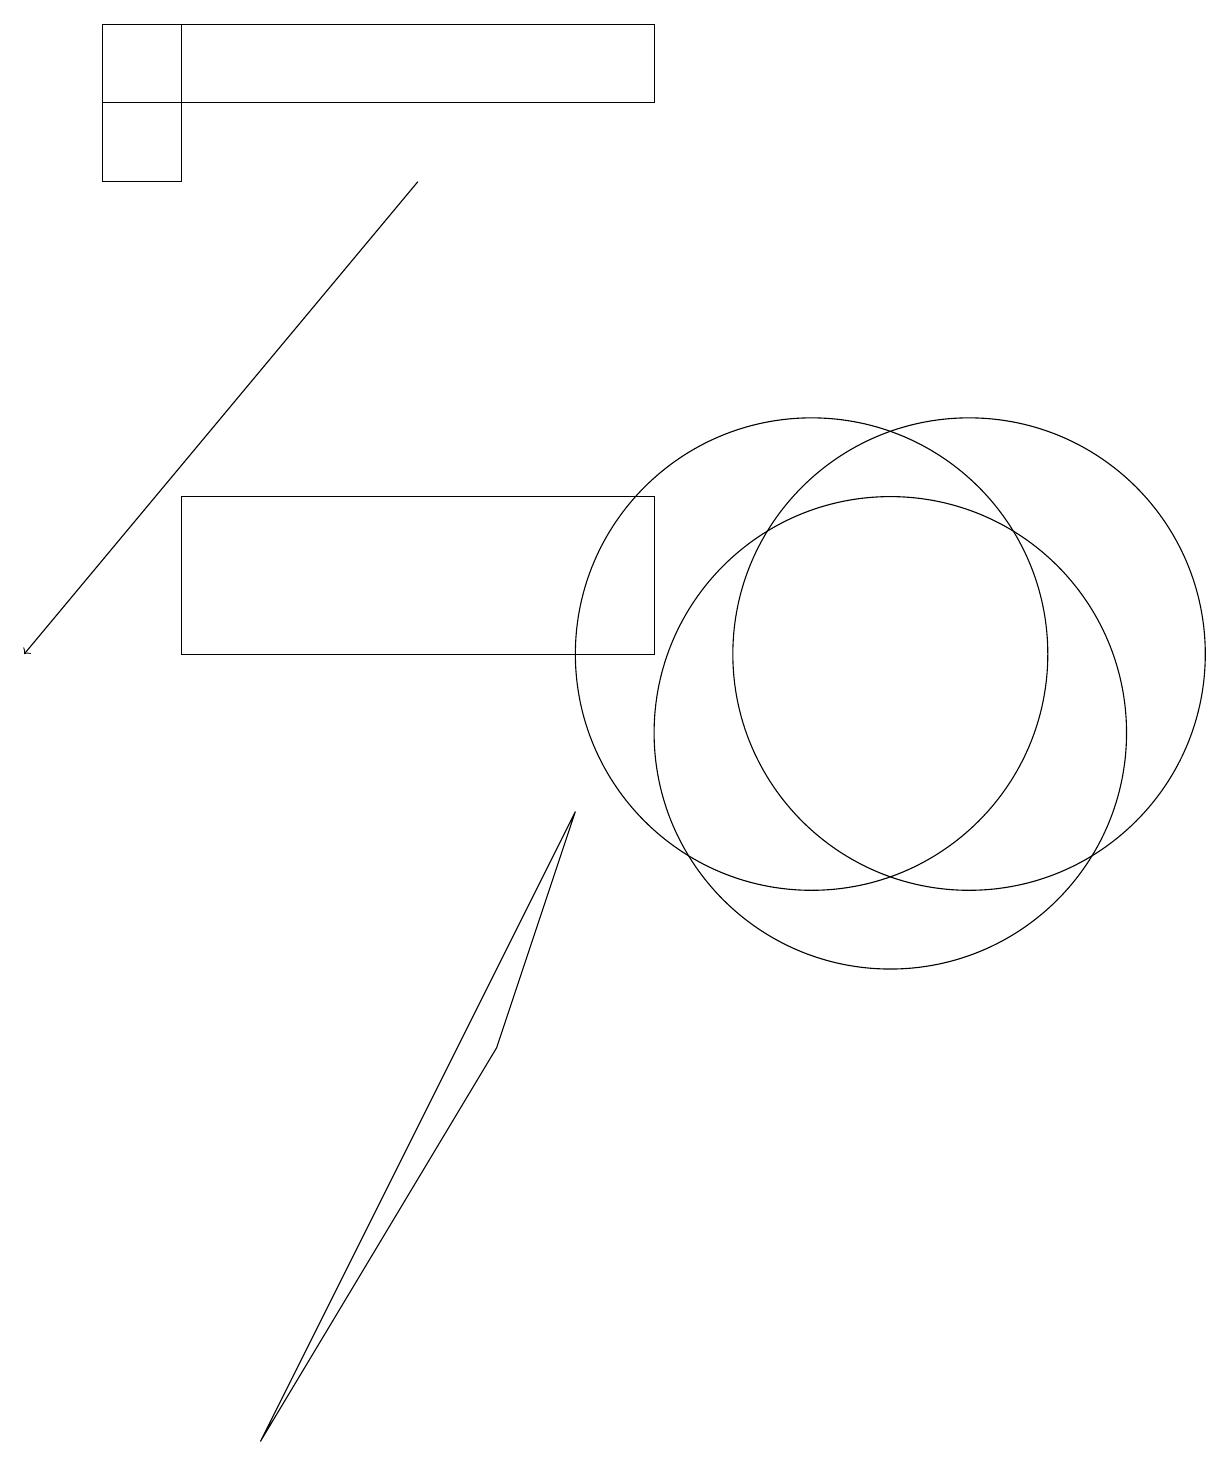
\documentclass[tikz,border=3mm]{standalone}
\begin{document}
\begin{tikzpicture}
\draw[->] (5,17) -- (0,11);
\draw (11,10) circle (3);
\draw (12,11) circle (3);
\draw (10,11) circle (3);
\draw (7,9) -- (6,6) -- (3,1) -- cycle;
\draw (2,11) rectangle (8,13);
\draw (8,18) rectangle (1,19);
\draw (2,19) rectangle (1,17);
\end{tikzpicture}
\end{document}